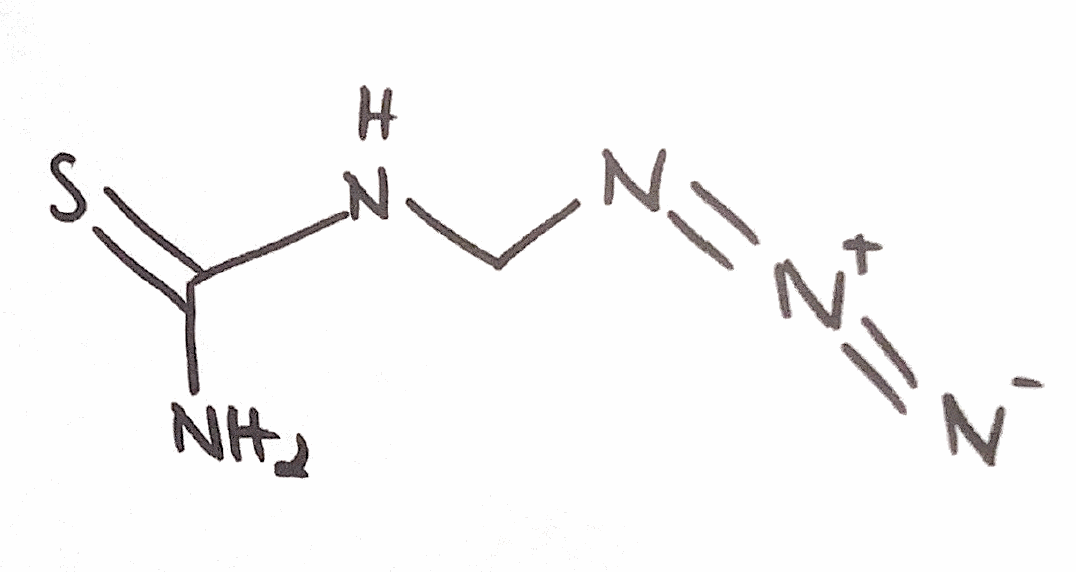
Simplified molecular-input line-entry system (SMILES) notation of the given molecule:
C(NC(=S)N)N=[N+]=[N-]